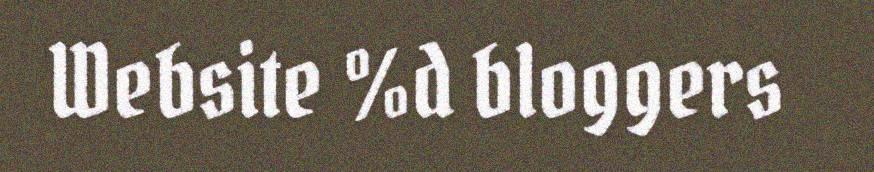
Website %d bloggers